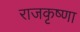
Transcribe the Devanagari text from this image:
राजकृष्णा